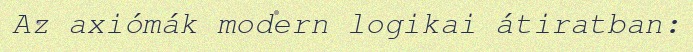
Az axiómák modern logikai átiratban: